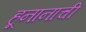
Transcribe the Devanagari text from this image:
हूनानाची